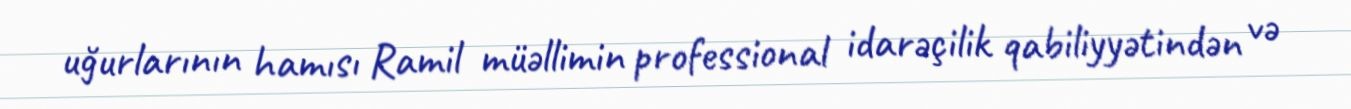
uğurlarının hamısı Ramil müəllimin professional idarəçilik qabiliyyətindən və